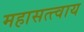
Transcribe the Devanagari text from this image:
महासत्त्वाय